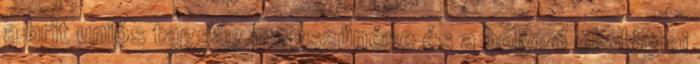
a brit uniós tagság megszűnése és a bolygó ökológiai